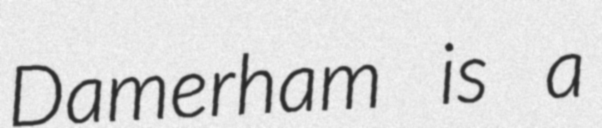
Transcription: Damerham is a